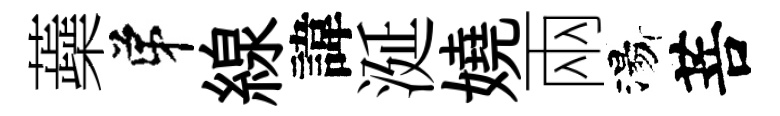
蘃弟線諱涎嬈兩湯菩